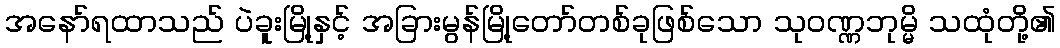
အနော်ရထာသည် ပဲခူးမြို့နှင့် အခြားမွန်မြို့တော်တစ်ခုဖြစ်သော သုဝဏ္ဏဘုမ္မိ သထုံတို့၏